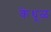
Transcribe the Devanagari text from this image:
केंधूळ